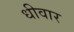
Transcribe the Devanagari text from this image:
धीवार